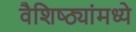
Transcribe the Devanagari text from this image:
वैशिष्ठ्यांमध्ये